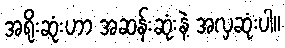
အရိုးဆုံးဟာ အဆန်းဆုံးနဲ့ အလှဆုံးပါ။